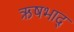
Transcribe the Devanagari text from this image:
ऋषभाद्